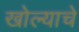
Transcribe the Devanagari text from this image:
खोल्याचे